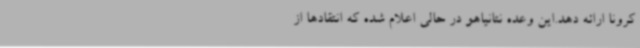
کرونا ارائه دهد.این وعده نتانیاهو در حالی اعلام شده که انتقادها از